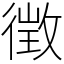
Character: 徴